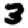
Digit: 3